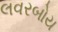
લવરબોય